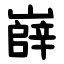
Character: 嶭